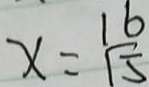
x = \frac { 1 6 } { 1 5 }